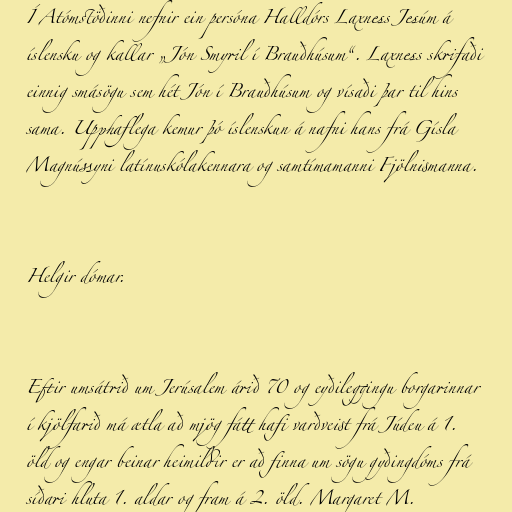
Í Atómstöðinni nefnir ein persóna Halldórs Laxness Jesúm á
íslensku og kallar „Jón Smyril í Brauðhúsum“. Laxness skrifaði
einnig smásögu sem hét Jón í Brauðhúsum og vísaði þar til hins
sama. Upphaflega kemur þó íslenskun á nafni hans frá Gísla
Magnússyni latínuskólakennara og samtímamanni Fjölnismanna.

Helgir dómar.

Eftir umsátrið um Jerúsalem árið 70 og eyðileggingu borgarinnar
í kjölfarið má ætla að mjög fátt hafi varðveist frá Júdeu á 1.
öld og engar beinar heimildir er að finna um sögu gyðingdóms frá
síðari hluta 1. aldar og fram á 2. öld. Margaret M.